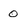
Character: 0